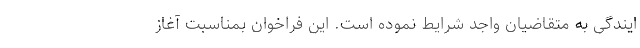
ایندگی به متقاضیان واجد شرایط نموده است. این فراخوان بمناسبت آغاز